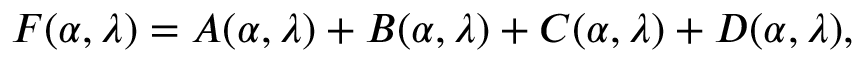
F ( \alpha , \lambda ) = A ( \alpha , \lambda ) + B ( \alpha , \lambda ) + C ( \alpha , \lambda ) + D ( \alpha , \lambda ) ,